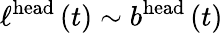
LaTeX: \ell^{\textrm{head}}\left(t\right)\sim b^{\textrm{head}}\left(t\right)